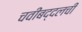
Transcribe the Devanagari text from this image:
चवींबद्दलची